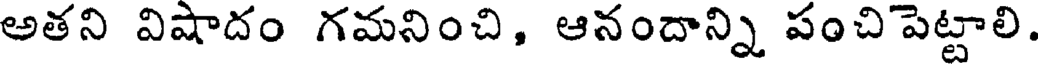
అతని విషాదం గమనించి, ఆనందాన్ని పంచి పెట్టాలి.